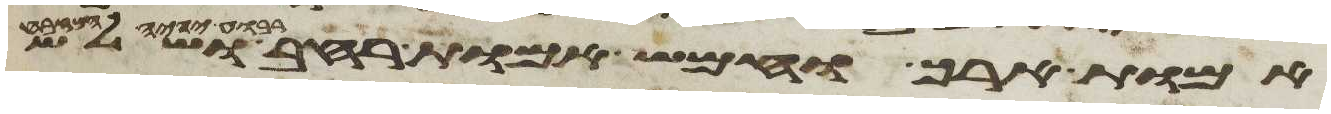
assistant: אמות ארך וחמש אמות רחב ושלש